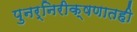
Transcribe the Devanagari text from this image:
पुनर्निरीक्षणातही